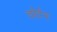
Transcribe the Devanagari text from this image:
चोर्टन